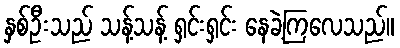
နှစ်ဦးသည် သန့်သန့် ရှင်းရှင်း နေခဲ့ကြလေသည်။